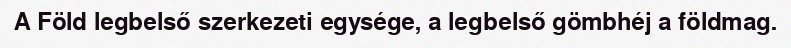
A Föld legbelső szerkezeti egysége, a legbelső gömbhéj a földmag.